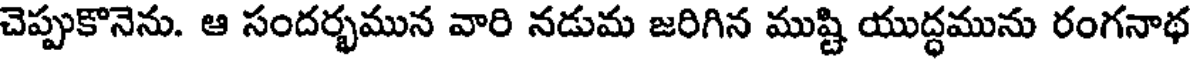
చెప్పుకొనెను. ఆ సందర్భమున వారి నడుమ జరిగిన ముష్టి యుద్ధమును రంగనాథ